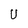
Character: U